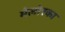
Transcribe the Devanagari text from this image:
मेलोरका